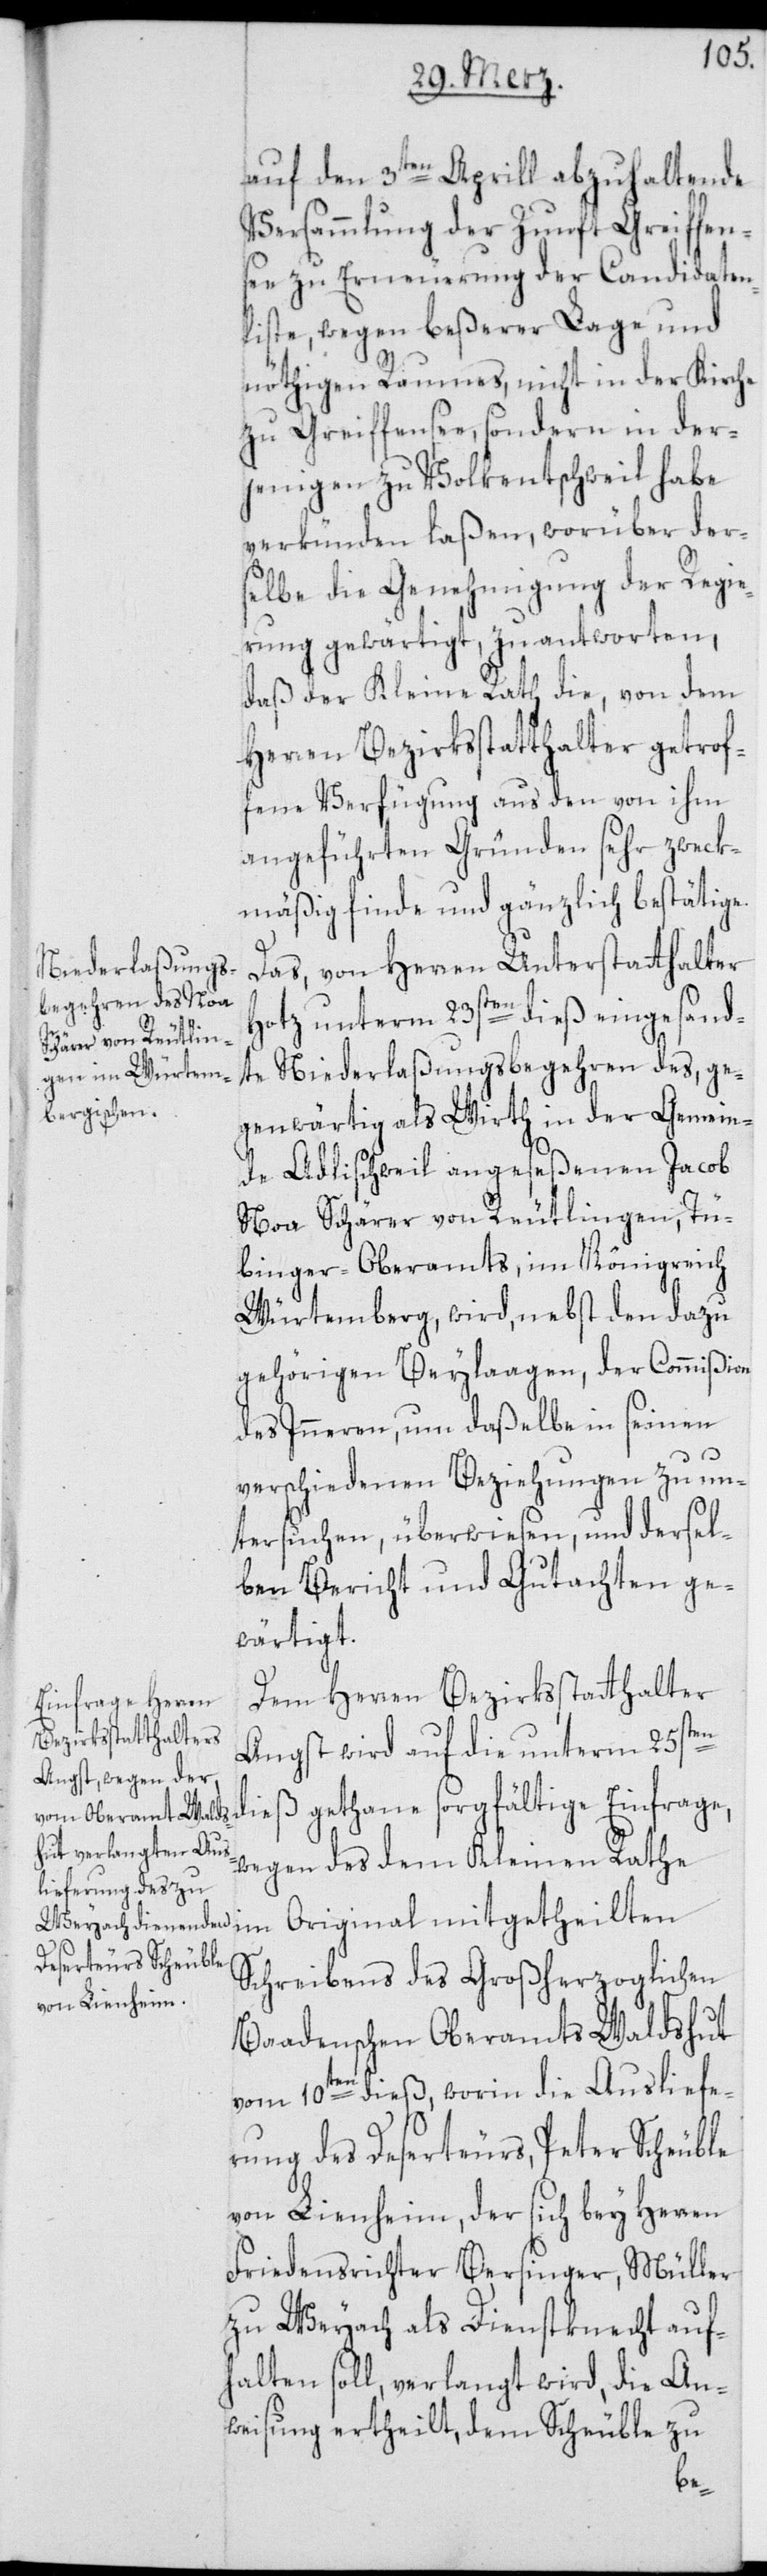
auf den 3ten Aprill abzuhaltende
Versammlung der Zunft Greiffen¬
see zu Erneuerung der Candidaten¬
liste, wegen beßerer Lage und
nöthigen Raumes, nicht in der Kirche
zu Greiffensee, sondern in der¬
jenigen zu Volkentschweil habe
verkünden laßen, worüber ders¬
elbe die Genehmigung der Regie¬
rung gewärtigt, zu antworten,
daß der Kleine Rath die, von dem
Herren Bezirksstatthalter getrof¬
fene Verfügung aus den von ihm
angeführten Gründen sehr zweck¬
mäßig finde und gänzlich bestätige.
Das, von Herren Unterstatthalter
Hotz unterm 23sten dieß eingesand¬
te Niederlaßungsbegehren des, ge¬
genwärtig als Wirth in der Gemein¬
de Adlischweil angeseßenen Jacob
Noa Schärer von Reutlingen, Tü¬
binger Oberamts, im Königreich
Würtemberg, wird, nebst den dazu
gehörigen Beylaagen, der Commißion
des Inneren, um daßelbe in seinen
verschiedenen Beziehungen zu un¬
tersuchen, überwiesen, und dersel¬
ben Bericht und Gutachten ge¬
wärtigt.
Dem Herren Bezirksstatthalter
Angst wird auf die unterm 25sten
dieß gethane sorgfältige Einfrage,
wegen des dem Kleinen Rathe
Schreibens des Großherzoglichen
Baadenschen Oberamts Waldshut
vom 10ten dieß, worin die Ausliefe¬
rung des Deserteurs, Peter Scheuble
von Lienheim, der sich bey Herren
Friedensrichter Bersinger, Müller
zu Weyach als Dienstknecht auf¬
halten soll, verlangt wird, die An¬
weisung ertheilt, dem Scheuble zu